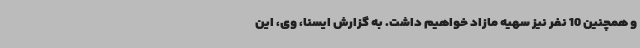
و همچنین 10 نفر نیز سهیه مازاد خواهیم داشت. به گزارش ایسنا، وی، این